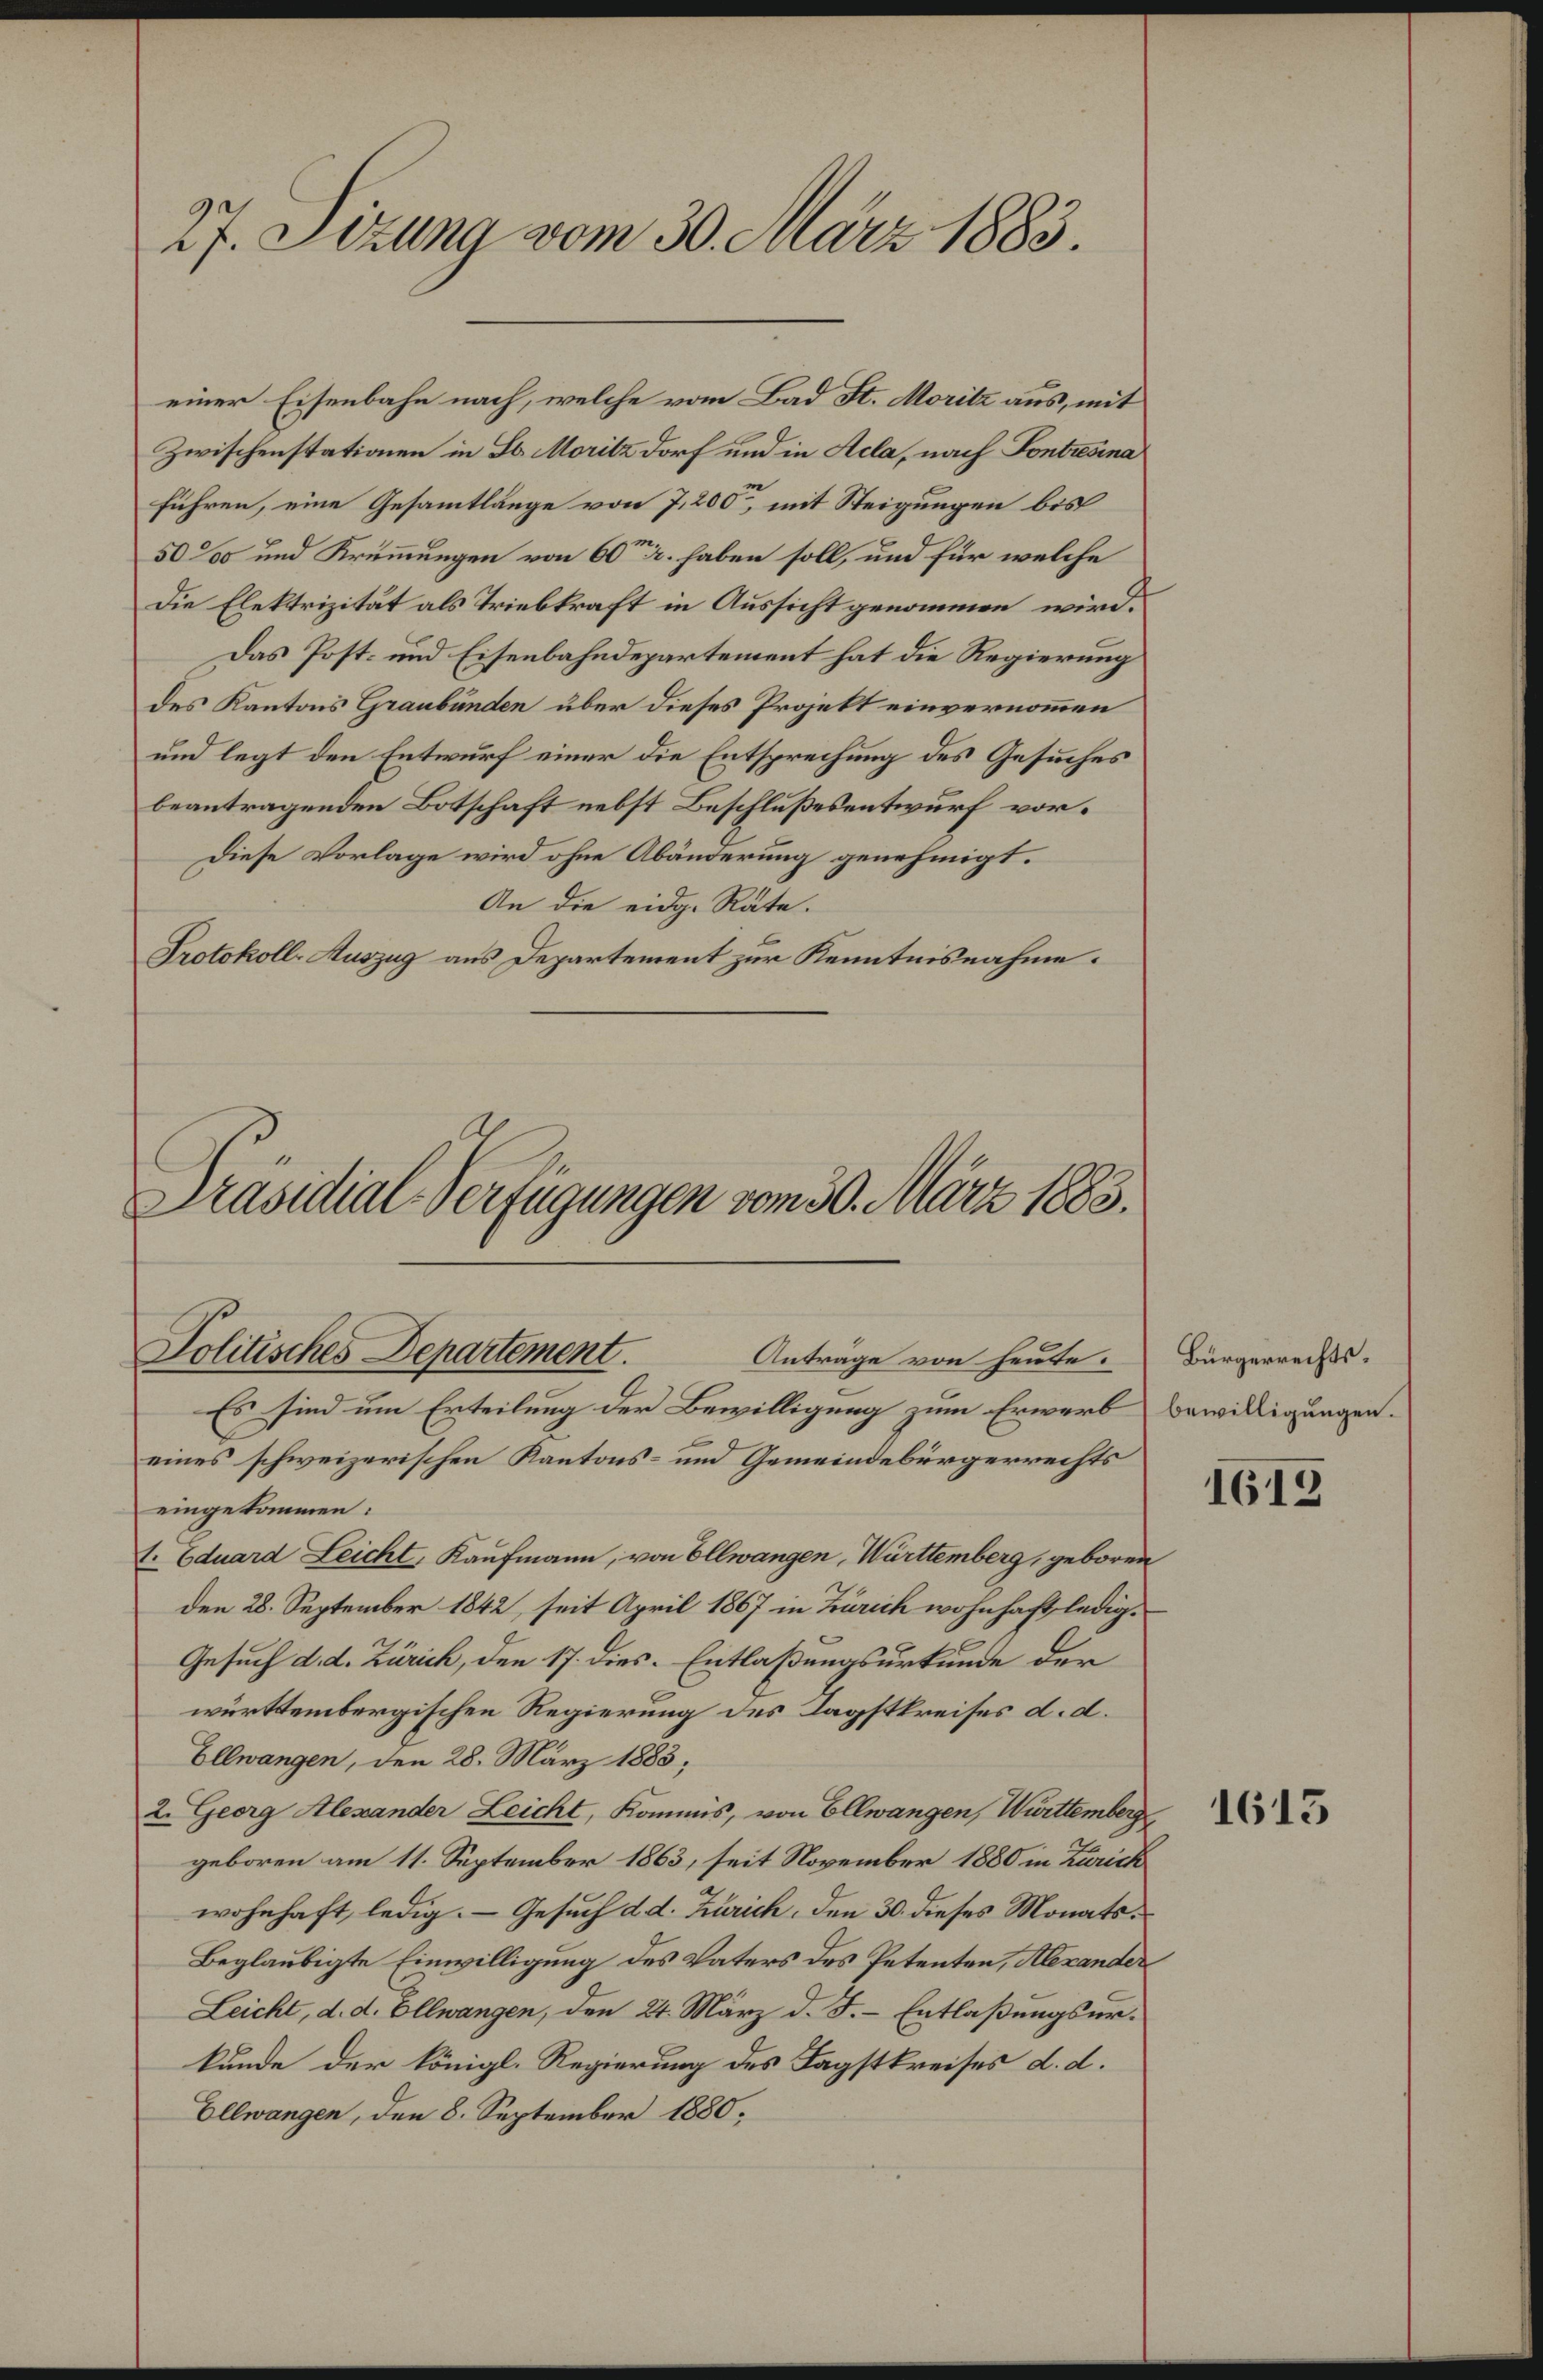
27. Sitzung vom 30. März 1883.

einer Eisenbahn nach, welche vom Bad St. Moritz aus, mit
Zwischenstationen in Lo. Moritz dorf und in Acta, nach Kontresina
führen, eine Gesammtlänge von 7,200, mit Steigungen bis
50‰ und Krümmungen von 60fr. haben soll, und für welche
Die Elektrizität als Triebkraft in Aussicht genommen wird.
Das Post- und Eisenbahndepartement hat die Regierung
des Kantons Graubünden über dieses Projekt einvernommen
und legt den Entwurf einer die Entsprechung des Gesuches
beantragenden Botschaft nebst Beschlußesentwurf vor¬
Diese Vorlage wird ohne Abänderung genehmigt.
An die eidg. Räte.
Protokoll-Auszug aus Departement zur Kenntnisnahme.

Präsidial-Verfügungen vom 30. März 1883.
Politisches Departement.
Anträge von heute.

Es sind um Erteilung der Bewilligung zum Erwerb bewilligungen.
eines schweizerischen Kantons- und Gemeindebürgerrechts
eingekommen:
1. Eduard Leicht, Kaufmann, von Ellwangen, Württemberg, geboren
den 28. September 1842, seit April 1867 in Zürich wohnhaft ledig¬
Gesuch d. d. Zürich, den 17. dies. Entlaßungsurkunde der
württembergischen Regierung des Tagstkreises d. d.
Ellwangen, den 28. März 1883;
2. Georg Alexander Leicht, Kommis, von Ellwangen, Württemberg
geboren am 11. September 1863, seit November 1880 in Zürich
wohnhaft, ledig. — Gesuch d. d. Zürich, den 30. dieses Monats¬
Beglaubigte Einwilligung des Vaters des Petenten, Alexander
Leicht, d. d. Ellwangen, den 24. März d. J. - Entlaßungsurkunde der königl. Regierung des Tagstkreises d. d.
Ellwangen, den 8. September 1880,

Bürgerrechts¬

1613

1613